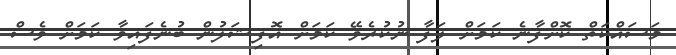
މަސައްކަތް ކޮށްފާނެ ކަމަށް ލަފާ ނުކުރެވޭ ކަމަށް އޮފިޝަލުން ބުނެފައިވާ ކަމަށް ވެސް